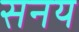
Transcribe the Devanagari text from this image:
सनय